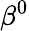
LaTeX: \beta^{0}